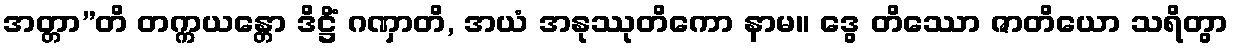
အတ္တာ”တိ တက္ကယန္တော ဒိဋ္ဌိံ ဂဏှာတိ, အယံ အနုဿုတိကော နာမ။ ဒွေ တိဿော ဇာတိယော သရိတွာ